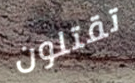
تقتلون